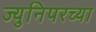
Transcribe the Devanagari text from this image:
ज्युनिपरच्या